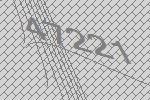
47221